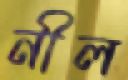
নীল